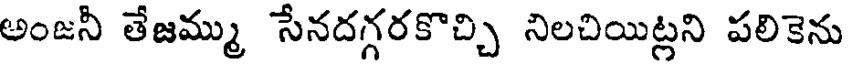
అంజనీ తేజమ్ము సేనదగ్గరకొచ్చి నిలచియిట్లని పలికెను